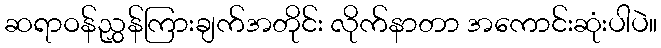
ဆရာဝန်ညွှန်ကြားချက်အတိုင်း လိုက်နာတာ အကောင်းဆုံးပါပဲ။